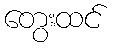
တွေးထင်